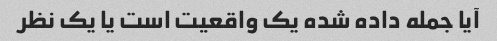
آیا جمله داده شده یک واقعیت است یا یک نظر